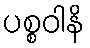
ပစ္စဝါနိ